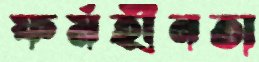
ফর্মহীনতা